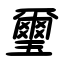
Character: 璽